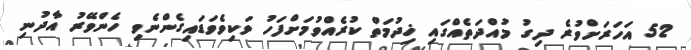
52 އަހަރަށްވުރެ ދިގު މުއްދަތެއްގައި ޚިދުމަތް ކުރެއްވުމަށްފަހު ވަކިވެވަޑައިގެންނެވި ހެންވޭރު އާދުނި